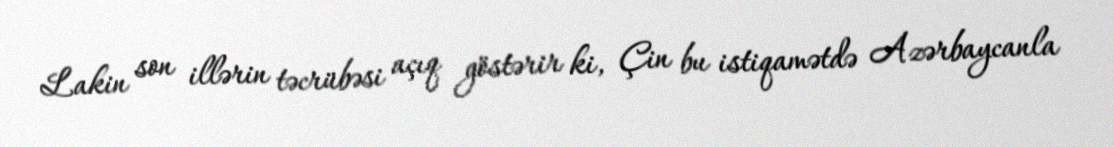
Lakin son illərin təcrübəsi açıq göstərir ki, Çin bu istiqamətdə Azərbaycanla